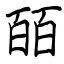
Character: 皕